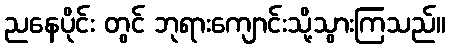
ညနေပိုင်း တွင် ဘုရားကျောင်းသို့သွားကြသည်။